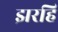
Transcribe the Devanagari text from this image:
झरहिं